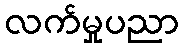
လက်မှုပညာ